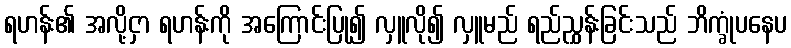
ရဟန်း၏ အလို့ငှာ ရဟန်းကို အကြောင်းပြု၍ လှူလို၍ လှူမည် ရည်ညွှန်းခြင်းသည် ဘိက္ခုံပနေပ